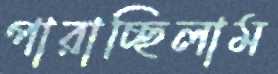
পারাচ্ছিলাম